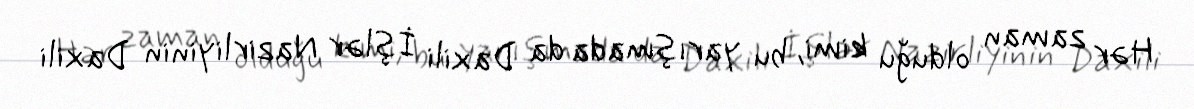
Hər zaman olduğu kimi, bu yarışmada da Daxili İşlər Nazirliyinin Daxili